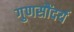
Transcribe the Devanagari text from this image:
गुणसौंदर्य